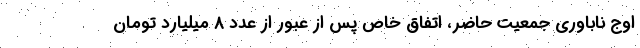
اوج ناباوری جمعیت حاضر، اتفاق خاص پس از عبور از عدد ۸ میلیارد تومان